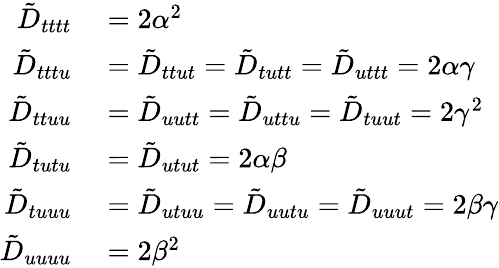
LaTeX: \begin{array}{rl}{\tilde{D}_{tttt}}&{{}=2\alpha^{2}}\\ {\tilde{D}_{tttu}}&{{}=\tilde{D}_{ttut}=\tilde{D}_{tutt}=\tilde{D}_{uttt}=2\alpha\gamma}\\ {\tilde{D}_{ttuu}}&{{}=\tilde{D}_{uutt}=\tilde{D}_{uttu}=\tilde{D}_{tuut}=2\gamma^{2}}\\ {\tilde{D}_{tutu}}&{{}=\tilde{D}_{utut}=2\alpha\beta}\\ {\tilde{D}_{tuuu}}&{{}=\tilde{D}_{utuu}=\tilde{D}_{uutu}=\tilde{D}_{uuut}=2\beta\gamma}\\ {\tilde{D}_{uuuu}}&{{}=2\beta^{2}}\end{array}